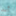
أنه